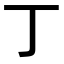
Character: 丁